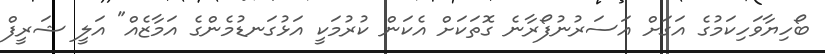
ބޯހިޔާވަހިކަމުގެ އަގަށް އަސަރުނުފޯރާނެ ގޮތަކަށް އެކަން ކުރުމަކީ އަޅުގަނޑުމެންގެ އަމާޒެއް" އަލީ ޝަރީފް